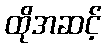
ထိုအဆင့်